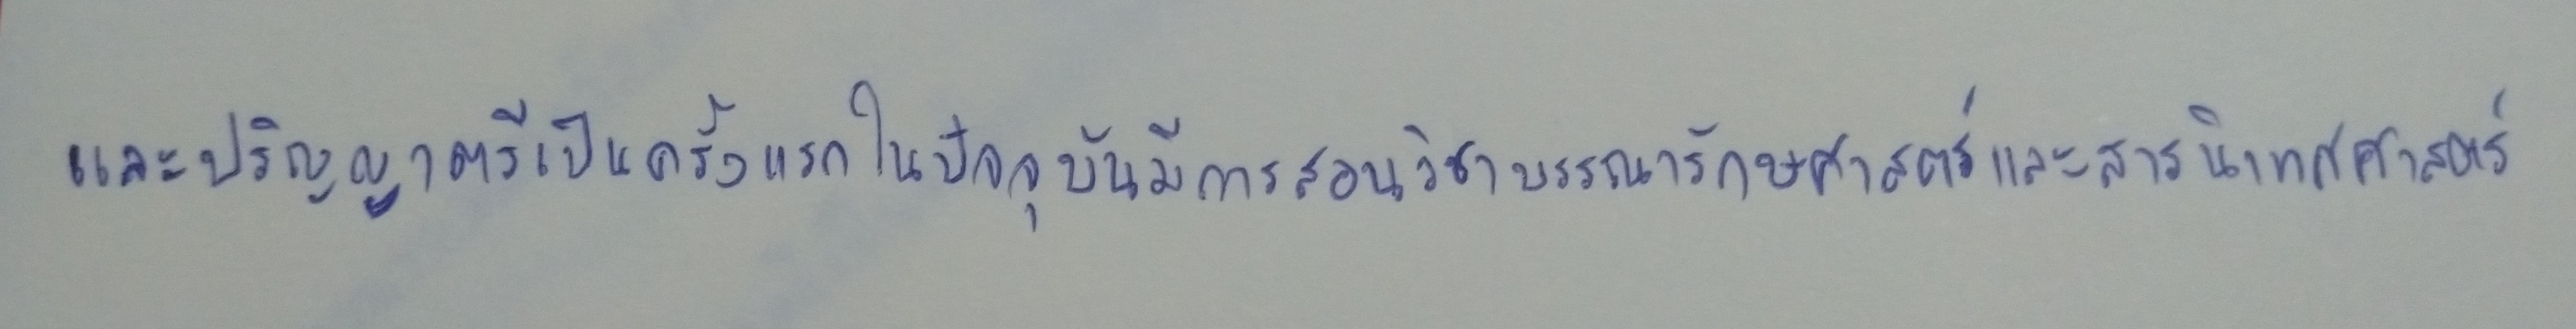
และปริญญาตรีเป็นครั้งแรกในปัจจุบันมีการสอนวิชาบรรณารักษศาสตร์และสารนิเทศศาสตร์